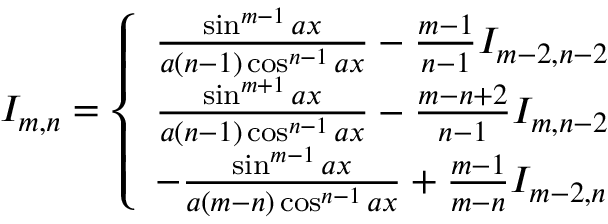
I _ { m , n } = { \left\{ \begin{array} { l l } { { \frac { \sin ^ { m - 1 } { a x } } { a ( n - 1 ) \cos ^ { n - 1 } { a x } } } - { \frac { m - 1 } { n - 1 } } I _ { m - 2 , n - 2 } } \\ { { \frac { \sin ^ { m + 1 } { a x } } { a ( n - 1 ) \cos ^ { n - 1 } { a x } } } - { \frac { m - n + 2 } { n - 1 } } I _ { m , n - 2 } } \\ { - { \frac { \sin ^ { m - 1 } { a x } } { a ( m - n ) \cos ^ { n - 1 } { a x } } } + { \frac { m - 1 } { m - n } } I _ { m - 2 , n } } \end{array} \right. } \,